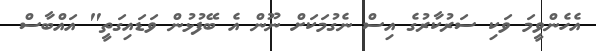
އެހެންވީމަ ވަކި ސަރުކާރުގެ އިސް ނެގުމަކަށް ނޫން އެ ބޭފުޅުން ވަޑައިގަތީ" އައްބާސް